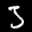
Label: 3